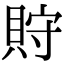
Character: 𧵤